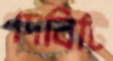
পদবিটি